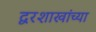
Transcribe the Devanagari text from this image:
द्वरशाखांच्या